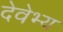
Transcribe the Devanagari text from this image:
देवेभ्य